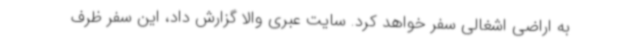
به اراضی اشغالی سفر خواهد کرد. سایت عبری والا گزارش داد، این سفر ظرف